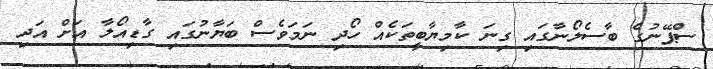
ސްޕޭނުގެ ބާސެލޯނާގައި ގިނަ ކާމިޔާބީތަކެއް ހޯދި ނަމަވެސް ބަޔާނުގައި ގާޑިއޯލާ އަށް އަދި